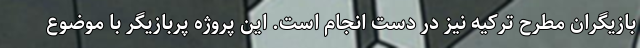
بازیگران مطرح ترکیه نیز در دست انجام است. این پروژه پربازیگر با موضوع